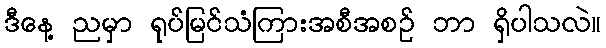
ဒီနေ့ ညမှာ ရုပ်မြင်သံကြားအစီအစဉ် ဘာ ရှိပါသလဲ။